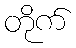
တိုက်